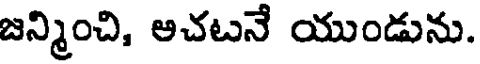
జన్మించి, ఆచటనే యుండును.